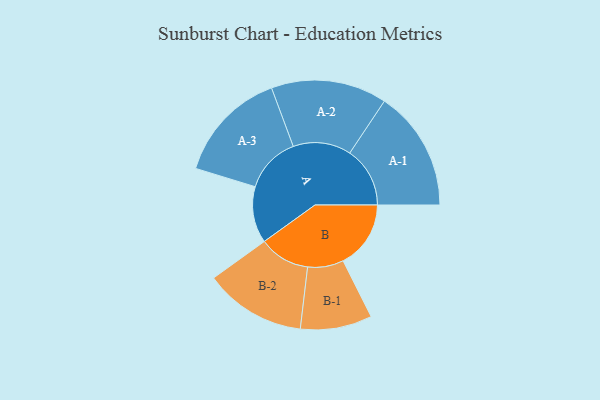
{"axis": {"x": "Segment", "y": "Value"}, "legend": ["", "A", "B"], "data": [{"x": "A", "y": 271, "type": ""}, {"x": "B", "y": 325, "type": ""}, {"x": "A-1", "y": 289, "type": "A"}, {"x": "A-2", "y": 278, "type": "A"}, {"x": "A-3", "y": 270, "type": "A"}, {"x": "B-1", "y": 172, "type": "B"}, {"x": "B-2", "y": 244, "type": "B"}]}